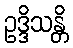
ဥဒ္ဒိသန္တိ